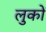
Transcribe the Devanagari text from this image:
लुकों